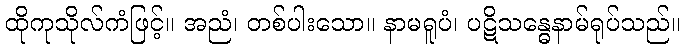
ထိုကုသိုလ်ကံဖြင့်။ အညံ၊ တစ်ပါးသော။ နာမရူပံ၊ ပဋိသန္ဓေနာမ်ရုပ်သည်။